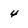
Character: 4